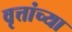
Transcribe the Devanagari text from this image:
वृत्तांच्या